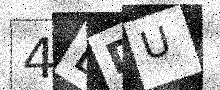
Text: 4DDU